Eesti_Rahvusfond, lk 113
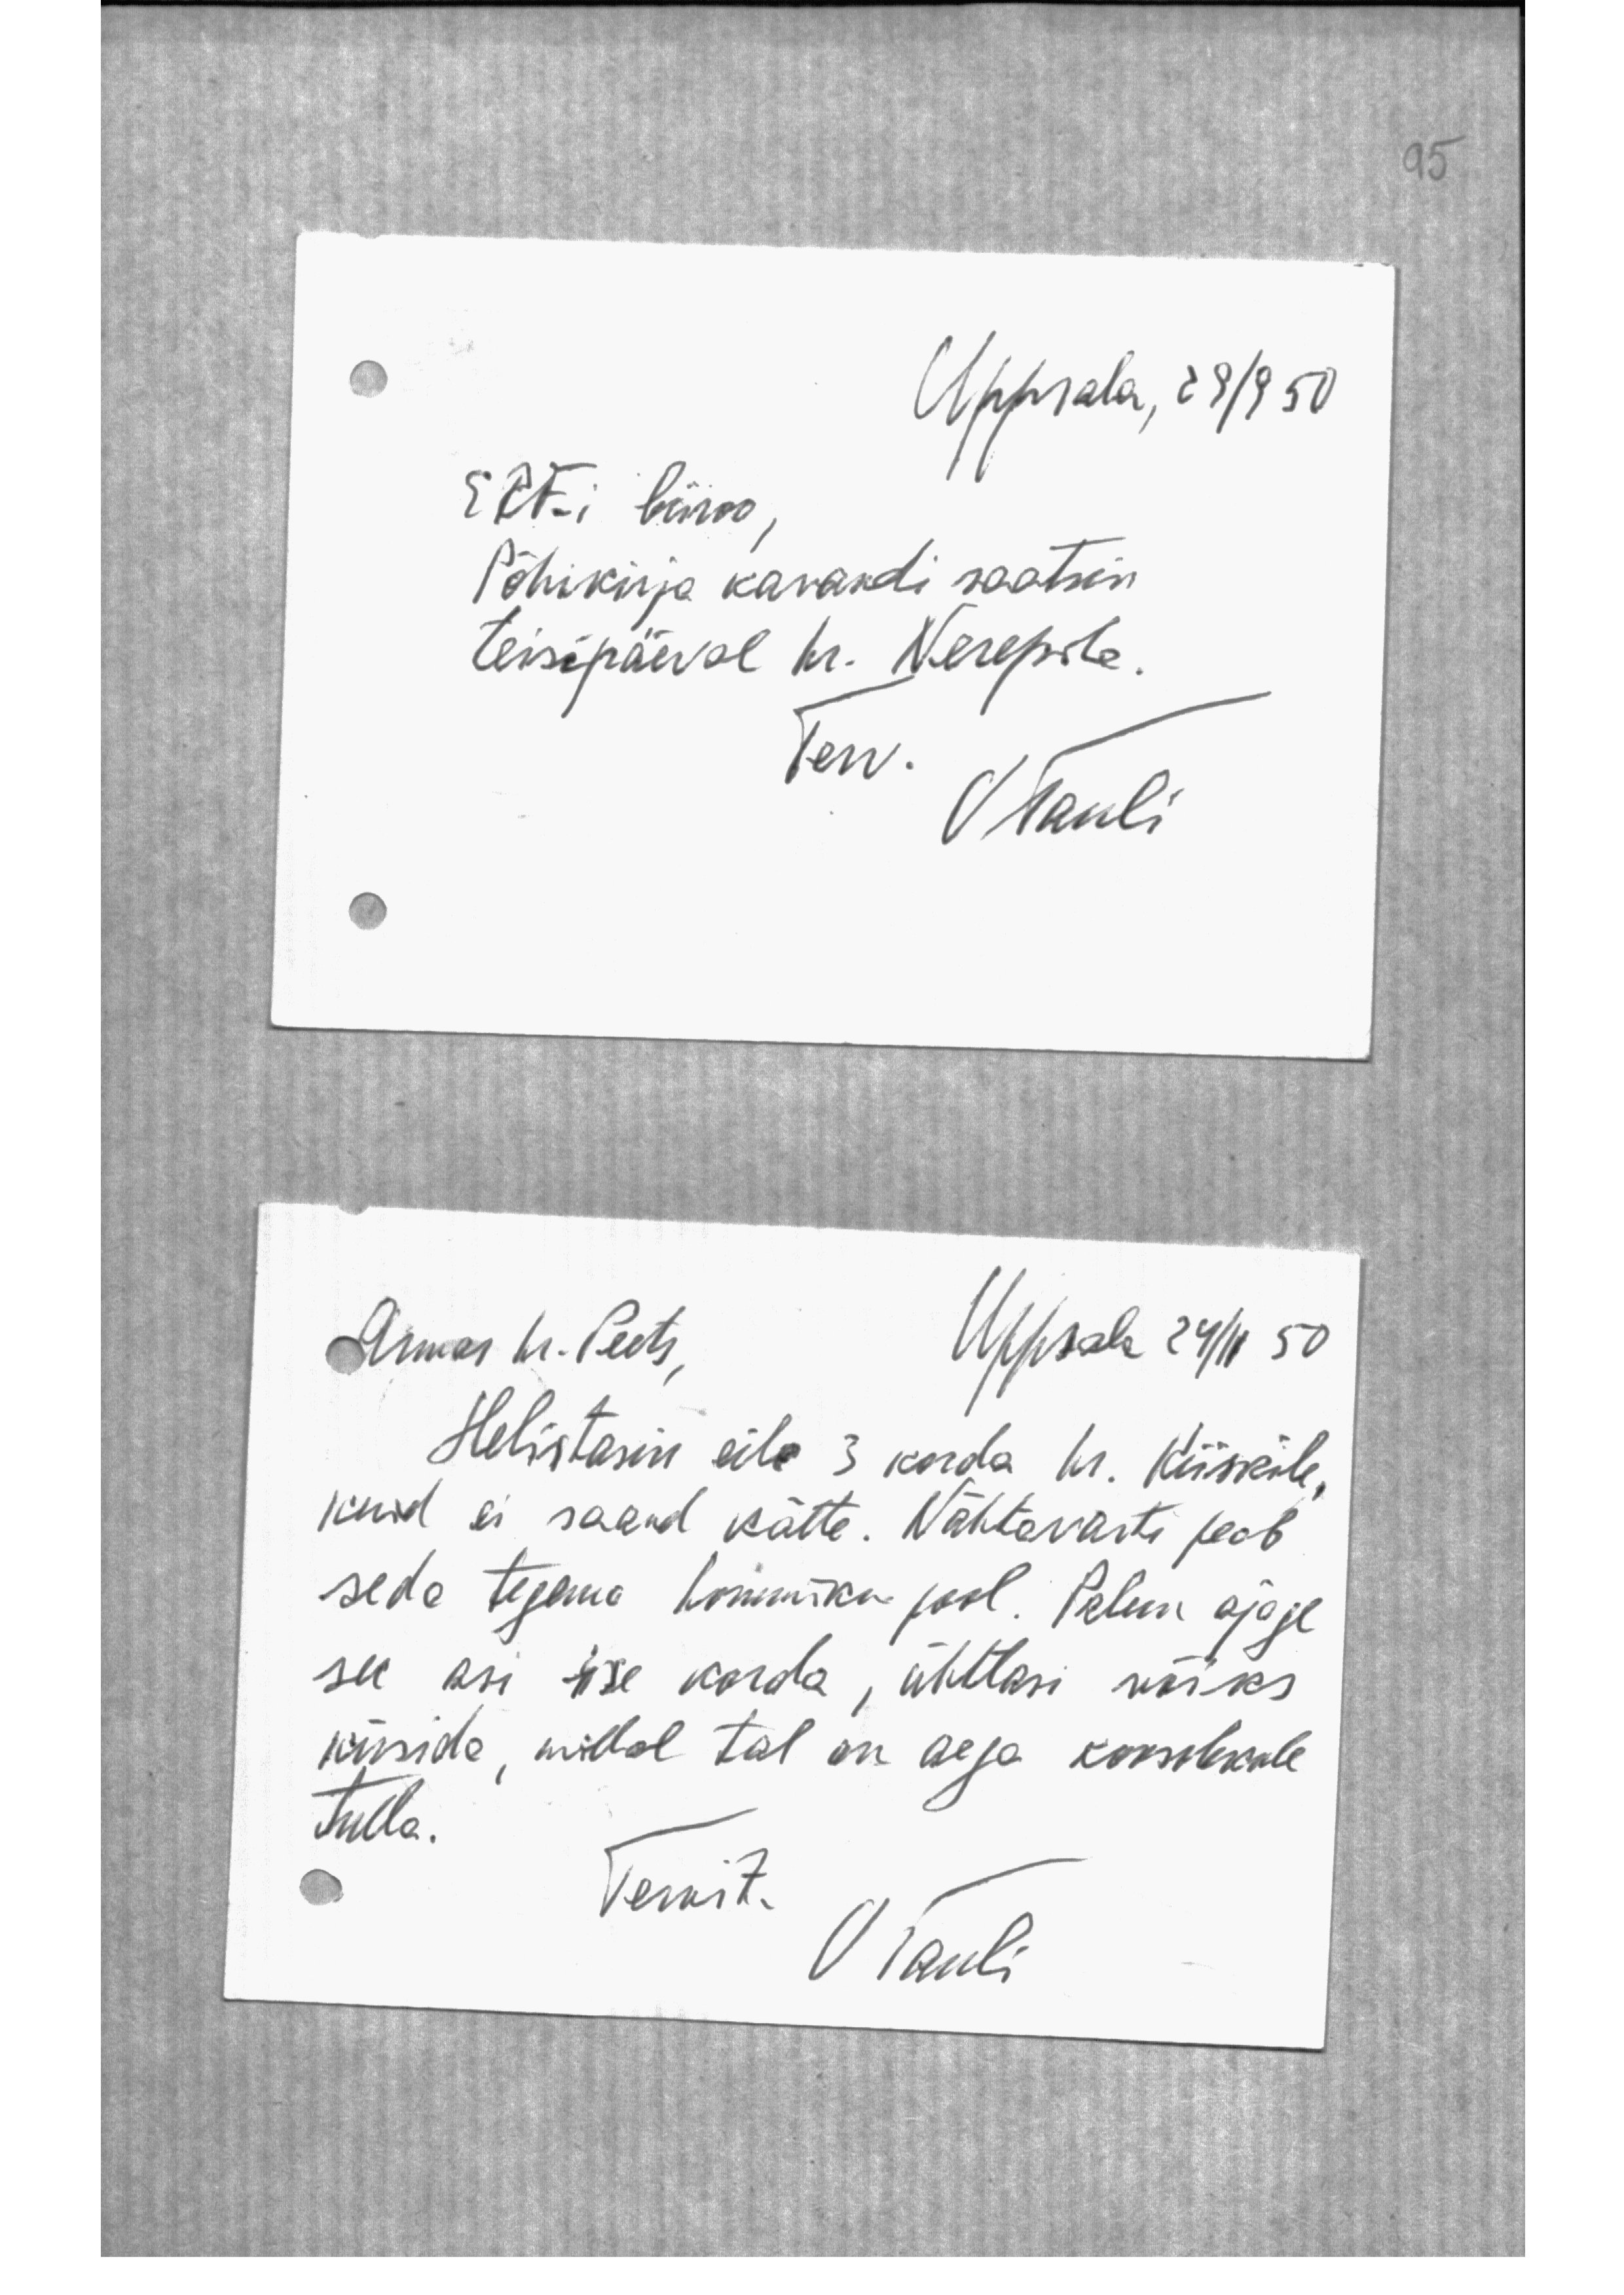
Uppsala, 29/9 50
ERF-i büroo,
Põhikirja kavandi saatsin
teisipäeval hr. Nerepile.
Terv.
JTauli

Armas hr. Peets,
Uppsala 24/II 50
Helistasin eile 3 korda hr. Kiiskile,
kuid ei saand kätte. Nähtavasti peab
seda tegema hommiku pool. Palun ajage
see asi ise korda, ühtlasi võiks
küsida, millal tal on aega koosolekule
tulla.
Tervit.
J Tauli